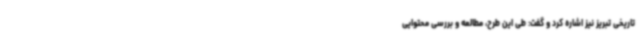
تاریخی تبریز نیز اشاره کرد و گفت: طی این طرح، مطالعه و بررسی محتوایی